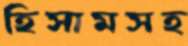
হিসামসহ